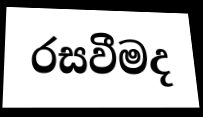
රසවීමද